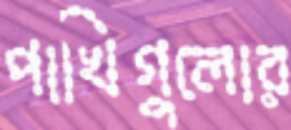
পাখিগুলোর